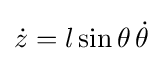
{\dot {z}}=l\sin \theta \,{\dot {\theta }}